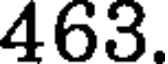
463.